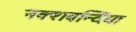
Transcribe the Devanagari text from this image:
नक्शबन्दिया